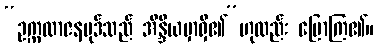
“ဥက္ကလာဇနပုဒ်သည် အိန္ဒိယမှာရှိ၏”ဟုလည်း ပြောကြ၏။